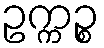
ဥက္ကဉ္စ